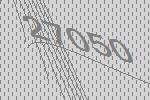
27050